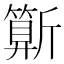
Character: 𣃍